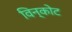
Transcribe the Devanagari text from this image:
विन्कोट